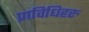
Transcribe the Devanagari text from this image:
प्राविधिहरु